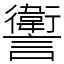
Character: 讆